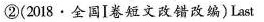
②(2018.全国I卷短文改错改编)Last